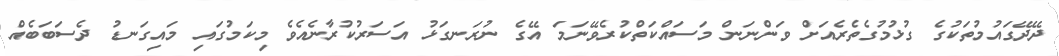
ދޭދޭގައުމުތަކުގެ ގުޅުމުގެތެރެއަށް ވަންނަން މަސައްކަތްކުރެވޭނަމަ އޭގެ ނުރަނގަޅު އަސަރުކުރާނެއެވެ މިކަމުގައި މައިގަނޑު ދެސަބަބެއް